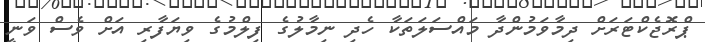
ޕްރޮޖެކްޓަރަށް ދިމާވަމުންދާ މައްސަލަތަކާ ހެދި ނިމާލުގެ ފިލްމުގެ ވިޔަފާރި އަށް ވެސް ވަނީ